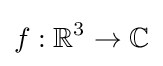
f:\mathbb {R} ^{3}\to \mathbb {C}